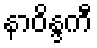
နာဝိန္ဒကီ